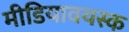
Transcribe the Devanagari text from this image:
मीडियावयस्क